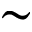
\sim